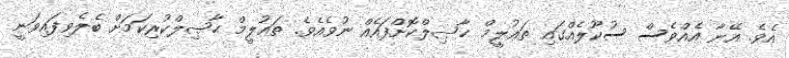
އެވެ. އޭނާ އެއްވެސް ސުކޫލެއްގައި ތަޢުލީމް ޙާޞިލްކޮށްފައެއް ނުވެއެވެ. ތަޢުލީމް ޙާޞިލްކުރިކަމަށް ބެލެވިފައިވަނީ